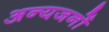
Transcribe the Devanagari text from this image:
अन्यजनों